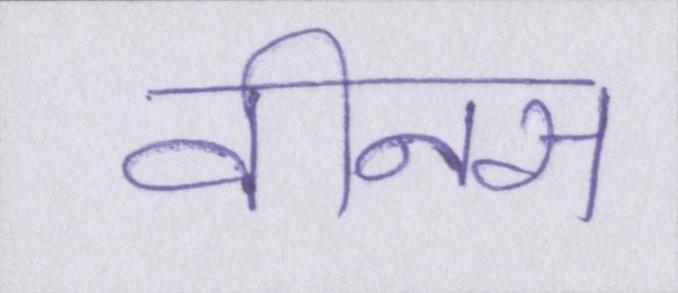
वीनस